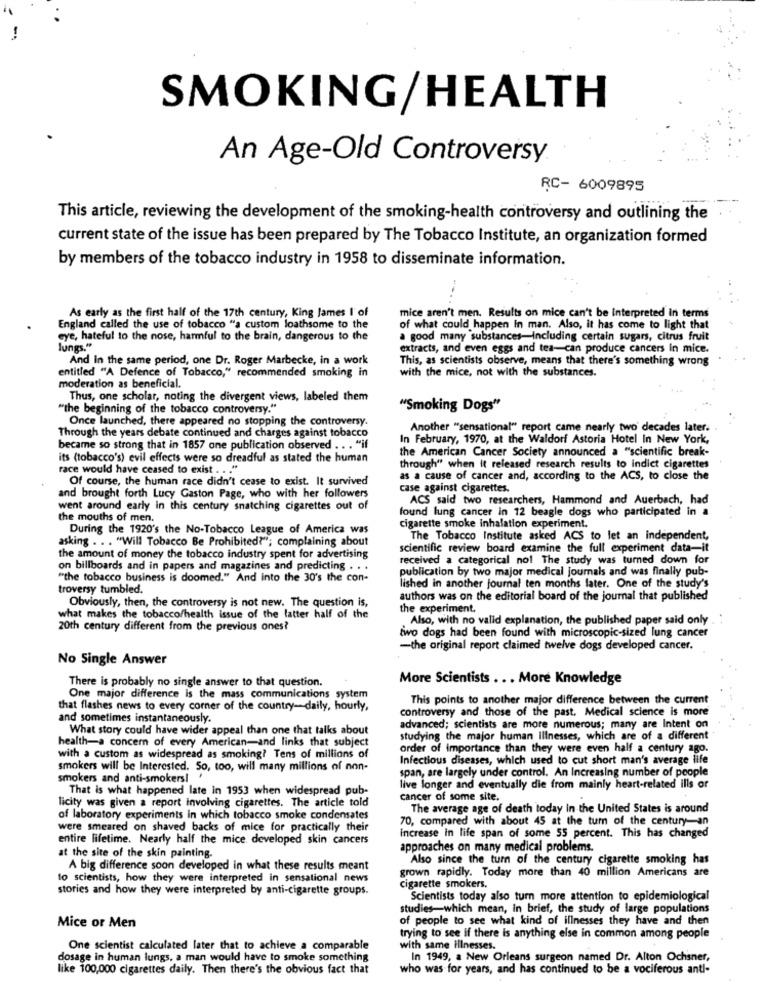
SMOKING/HEALTH
An Age-Old Controversy
RC- 6009895
This article, reviewing the development of the smoking-health controversy and outlining the
current state of the issue has been prepared by The Tobacco Institute, an organization formed
by members of the tobacco industry in 1958 to disseminate information.
As early as the first half of the 17th century, King James I' of
mice aren't men. Results on mice can't be interpreted in terms
England called the use of tobacco "a custom loathsome to the
of what could happen in man. Also, it has come to light that
eye, hateful to the nose, harmful to the brain, dangerous to the
a good many substances-Including certain sugars, citrus fruit
lungs."
extracts, and even eggs and tea-can produce cancers In mice.
And in the same period, one Dr. Roger Marbecke, in a work
This, as scientists observe, means that there's something wrong
entitled "A Defence of Tobacco," recommended smoking in
with the mice, not with the substances.
moderation as beneficial.
Thus, one scholar, noting the divergent views, labeled them
"the beginning of the tobacco controversy."
"Smoking Dogs"
Once launched, there appeared no stopping the controversy.
Another "sensational" report came nearly two decades later.
Through the years debate continued and charges against tobacco
In February, 1970, at the Waldorf Astoria Hotel In New York,
became so strong that in 1857 one publication observed .. . "if
the American Cancer Society announced a "scientific break-
its (tobacco's) evil effects were so dreadful as stated the human
race would have ceased to exist . . . "
through" when it released research results to indict cigarettes
Of course, the human race didn't cease to exist. It survived
as a cause of cancer and, according to the ACS, to close the
case against cigarettes.
and brought forth Lucy Gaston Page, who with her followers
ACS said two researchers, Hammond and Auerbach, had
went around early in this century snatching cigarettes out of
found lung cancer in 12 beagle dogs who participated in a
the mouths of men.
During the 1920's the No-Tobacco League of America was
cigarette smoke inhalation experiment.
asking . .. "Will Tobacco Be Prohibited?"; complaining about
The Tobacco Institute asked ACS to let an independent,
scientific review board examine the full experiment data-it
the amount of money the tobacco industry spent for advertising
received a categorical not The study was turned down for
on billboards and in papers and magazines and predicting . . .
publication by two major medical journals and was finally pub-
"the tobacco business is doomed." And into the 30's the con-
troversy tumbled
lished in another journal ten months later. One of the study's
Obviously, then, the controversy is not new. The question is,
authors was on the editorial board of the journal that published
the experiment.
what makes the tobacco/health issue of the latter half of the
Also, with no valid explanation, the published paper said only '
20th century different from the previous ones?
two dogs had been found with microscopic-sized lung cancer
-the original report claimed twelve dogs developed cancer.
No Single Answer
There is probably no single answer to that question.
More Scientists ... More Knowledge
One major difference Is the mass communications system
This points to another major difference between the current
that flashes news to every corner of the country-daily, hourly,
controversy and those of the past. Medical science is more
and sometimes instantaneously.
What story could have wider appeal than one that talks about
advanced; scientists are more numerous; many are Intent on
health-a concern of every American-and links that subject
studying the major human Illnesses, which are of a different
order of importance than they were even half a century ago.
with a custom as widespread as smoking? Tens of millions of
Infectious diseases, which used to cut short man's average life
smokers will be Interested. So, too, will many millions of non-
span, are largely under control. An Increasing number of people
smokers and anti-smokers!
That is what happened late in 1953 when widespread pub-
live longer and eventually die from mainly heart-related ills or
cancer of some site.
licity was given a report involving cigarettes. The article told
The average age of death today In the United States is around
of laboratory experiments in which tobacco smoke condensates
70, compared with about 45 at the tum of the century-an
were smeared on shaved backs of mice for practically their
entire lifetime. Nearly half the mice developed skin cancers
increase in life span of some 55 percent. This has changed
approaches on many medical problems.
at the site of the skin painting.
Also since the turn of the century cigarette smoking has
A big difference soon developed in what these results meant
grown rapidly. Today more than 40 million Americans are
10 scientists, how they were interpreted in sensational news
stories and how they were interpreted by anti-cigarette groups.
cigarette smokers,
Scientists today also turn more attention to epidemiological
studies-which mean, in brief, the study of large populations
of people to see what kind of illnesses they have and then
Mice or Men
trying to see if there is anything else in common among people
One scientist calculated later that to achieve a comparable
with same illnesses.
dosage in human lungs, a man would have to smoke something
In 1949, a New Orleans surgeon named Dr. Alton Ochsner,
like 100,000 cigarettes daily. Then there's the obvious fact that
who was for years, and has continued to be a vociferous anti-